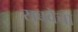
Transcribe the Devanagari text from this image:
सबवेचा